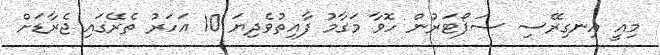
މިއީ އިނގިރޭސި ސަޕޯޓަރުން ހޮވާ މަގާމު ފާއިތުވެދިޔަ 10 އަހަރު ތެރޭގައި ޖެރާޑަށް